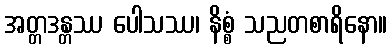
အတ္တဒန္တဿ ပေါသဿ၊ နိစ္စံ သညတစာရိနော။